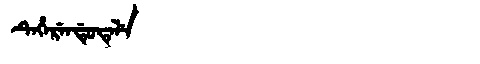
Manchu: ᡨᡝᡥᡝᡵᡝᠨᡩᡠᡨᡝᠯᡝ
Romanization: TEHERENDUTELE